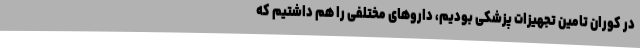
در کوران تامین تجهیزات پزشکی بودیم، داروهای مختلفی را هم داشتیم که